Lunatic asylums Punjab 1868-1880 - 1868-1880
Year: 1868
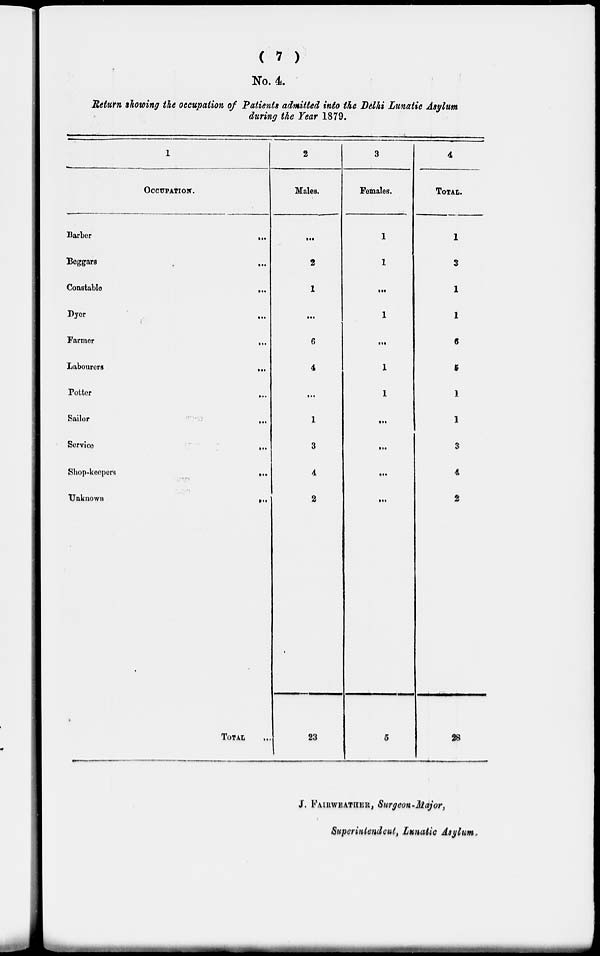
( 7 )
No. 4.
Return showing the occupation of Patients admitted into the Delhi Lunatic Asylum
during the Year 1879.
1
OCCUPATION.
Barber
Beggars
Constable
Dyer
Farmer
Labourers
Potter
Bailor
Service
Shop-keepers
Unknown
TOTAL
...
...
...
....
...
...
...
...
...
...
...
...
2
Males.
...
2
1
...
6
4
...
1
3
4
2
23
3
Females.
1
1
...
1
...
1
1
...
...
...
...
5
4
TOTAL.
1
3
1
1
6
9
1
1
3
4
2
28
J. FAIRWEATHER, Surgeon-Major,
Superintendent, Lunatic Asylum.